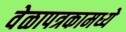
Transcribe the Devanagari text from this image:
वेळापत्रकामध्ये